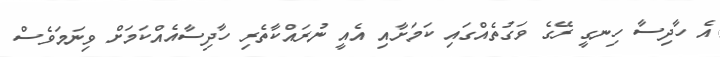
އެ ހާދިސާ ހިނގީ ރޭގެ ވަގުތެއްގައި ކަމަށާއި އެއީ ނުރައްކާތެރި ހާދިސާއެއްކަމަށް ވިނަމަވެސް